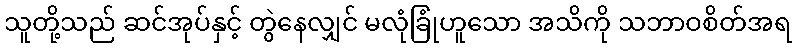
သူတို့သည် ဆင်အုပ်နှင့် တွဲနေလျှင် မလုံခြုံဟူသော အသိကို သဘာဝစိတ်အရ